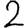
Digit: 2